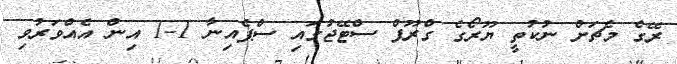
ރޭގެ މެޗަށް ނުކުތީ ޔޫރޯގެ ގްރޫޕް ސްޓޭޖުގައި ސްޕެއިނާ 1-1 އިން އެއްވަރުވި